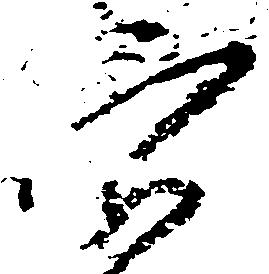
穴